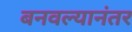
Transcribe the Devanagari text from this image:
बनवल्यानंतर